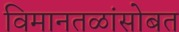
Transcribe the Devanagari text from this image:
विमानतळांसोबत